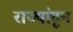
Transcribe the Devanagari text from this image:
राज्यांहून